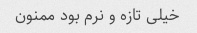
خیلی تازه و نرم بود ممنون